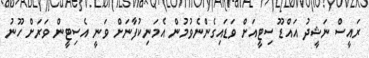
ރައީސް ނަޝީދު އައްޑޫ ސިޓީއަށް ވަޑައިގެންނެވުމުން އެމަނިކުފާނަށް ވަނީ އެސިޓީން ވަރަށް ހޫނު